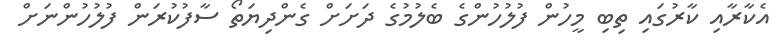
އެކާރާއި ކާރުގައި ތިބި މީހުން ފުލުހުންގެ ބެލުމުގެ ދަށަށް ގެންދިޔަތޯ ސާފުކުރަން ފުލުހުންނަށް